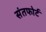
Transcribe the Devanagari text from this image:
संतफोर्ट